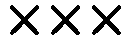
×××